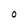
Character: 0